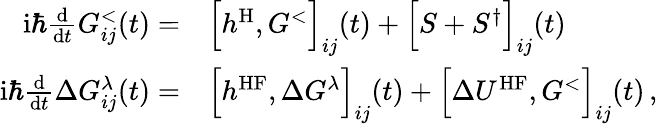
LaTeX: \begin{array}{rl}{\mathrm{i}\hbar\frac{\mathrm{d}}{\mathrm{d}t}G_{ij}^{<}(t)=}&{{}\Big[h^{\mathrm{H}},G^{<}\Big]_{ij}(t)+\Big[S+S^{\dagger}\Big]_{ij}(t)}\\ {\mathrm{i}\hbar\frac{\mathrm{d}}{\mathrm{d}t}\Delta G_{ij}^{\lambda}(t)=}&{{}\Big[h^{\mathrm{HF}},\Delta G^{\lambda}\Big]_{ij}(t)+\Big[\Delta U^{\mathrm{HF}},G^{<}\Big]_{ij}(t)\, ,}\end{array}